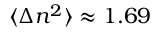
\langle \Delta n ^ { 2 } \rangle \approx 1 . 6 9